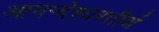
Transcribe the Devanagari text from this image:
आनन्देश्वरतीर्थ